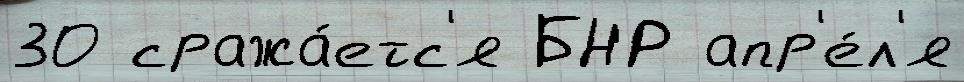
30 сража́етс'я БНР апр'е́л'я